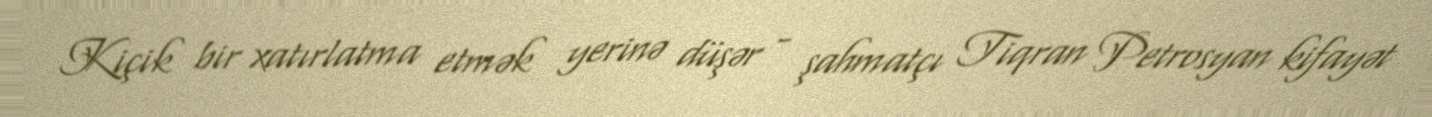
Kiçik bir xatırlatma etmək yerinə düşər - şahmatçı Tiqran Petrosyan kifayət